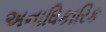
અનાધિકારિક